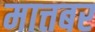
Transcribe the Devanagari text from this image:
मात्तबर